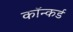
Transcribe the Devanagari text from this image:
कॉन्कर्ड